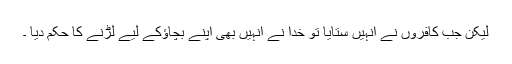
لیکن جب کافروں نے انہیں ستایا تو خدا نے انہیں بھی اپنے بچاؤکے لیے لڑنے کا حکم دیا ۔